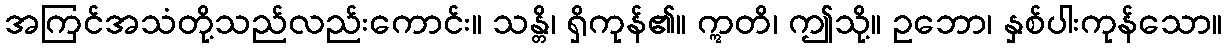
အကြင်အသံတို့သည်လည်းကောင်း။ သန္တိ၊ ရှိကုန်၏။ ဣတိ၊ ဤသို့။ ဥဘော၊ နှစ်ပါးကုန်သော။